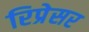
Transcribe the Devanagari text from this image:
रिप्रेसर